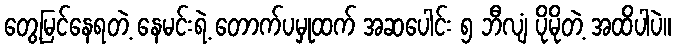
တွေ့မြင်နေရတဲ့ နေမင်းရဲ့ တောက်ပမှုထက် အဆပေါင်း ၅ ဘီလျံ ပိုမိုတဲ့ အထိပါပဲ။